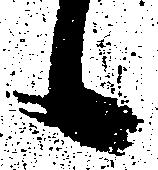
候